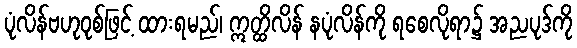
ပုံလိန်ဗဟုဝုစ်ဖြင့် ထားရမည်၊ ဣတ္ထိလိန် နပုံလိန်ကို ရစေလိုရာ၌ အညပုဒ်ကို